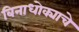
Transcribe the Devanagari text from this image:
बिनाधोक्याचे